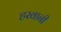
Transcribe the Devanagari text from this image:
हरवानी